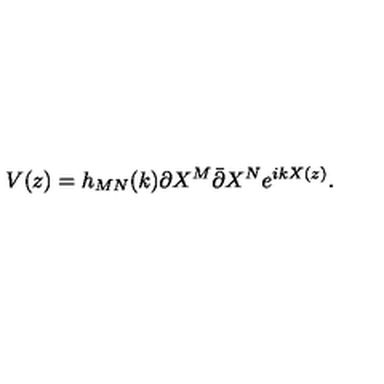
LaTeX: V ( z ) = h _ { M N } ( k ) \partial X ^ { M } \bar { \partial } X ^ { N } e ^ { i k X ( z ) } .